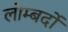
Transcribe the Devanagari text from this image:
लोम्बर्दो